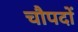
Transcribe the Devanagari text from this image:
चौपदों